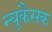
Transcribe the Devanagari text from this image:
न्युकैसक